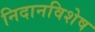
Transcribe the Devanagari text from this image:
निदानविशेष